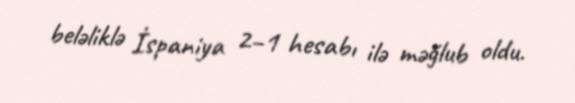
beləliklə İspaniya 2–1 hesabı ilə məğlub oldu.